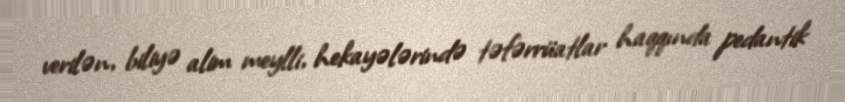
verilən, biliyə alim meylli, hekayələrində təfərrüatlar haqqında pedantik